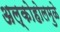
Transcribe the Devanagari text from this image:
अल्कोहोलमुळे